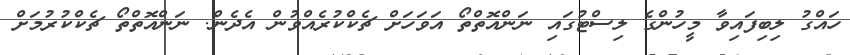
ހައްގު ލިބިފައިވާ މީހުންގެ ލިސްޓުގައި ނަންއޮތްތޯ އަވަހަށް ޗެކްކުރެއްވުން އެދެން. ނަންއޮތްތޯ ޗެކްކުރުމަށް